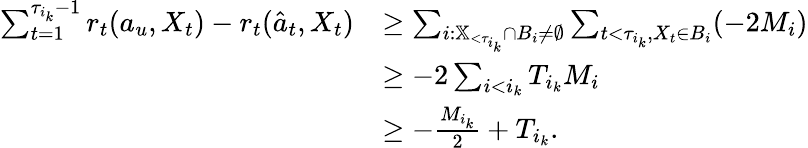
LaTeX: \begin{array}{rl}{\sum_{t=1}^{\tau_{i_{k}}-1}r_{t}(a_{u},X_{t})-r_{t}(\hat{a}_{t},X_{t})}&{\geq\sum_{i:\mathbb{X}_{<\tau_{i_{k}}}\cap B_{i}\neq\emptyset}\sum_{t<\tau_{i_{k}},X_{t}\in B_{i}}(-2M_{i})}\\ &{\geq-2\sum_{i<i_{k}}T_{i_{k}}M_{i}}\\ &{\geq-\frac{M_{i_{k}}}{2}+T_{i_{k}}.}\end{array}